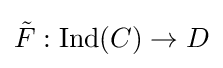
{\tilde {F}}:\operatorname {Ind} (C)\to D